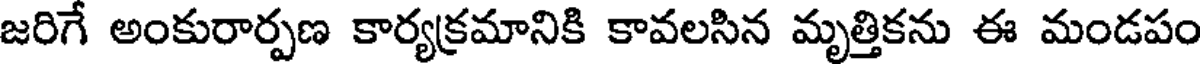
జరిగే అంకురార్పణ కార్యక్రమానికి కావలసిన మృత్తికను ఈ మండపం